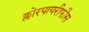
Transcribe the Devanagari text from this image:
क्लोरपायरीफौस